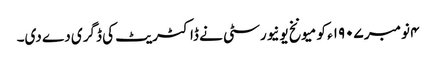
۴ نومبر ١٩٠۷ء کو میونخ یونیورسٹی نے ڈاکٹریٹ کی ڈگری دے دی۔